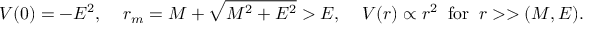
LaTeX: V ( 0 ) = - E ^ { 2 } , \; \; \; \; r _ { m } = M + \sqrt { M ^ { 2 } + E ^ { 2 } } > E , \; \; \; \; V ( r ) \propto r ^ { 2 } \; \; \mathrm { f o r } \; \; r > > ( M , E ) .